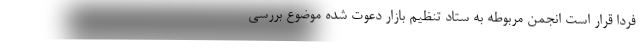
فردا قرار است انجمن مربوطه به ستاد تنظیم بازار دعوت شده موضوع بررسی